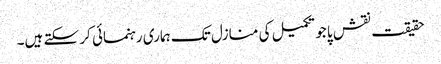
حقیقت نقش پا جو تکمیل کی منازل تک ہماری رہنمائی کر سکتے ہیں۔